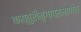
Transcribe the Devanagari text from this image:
कस्तुरीमृगाप्रमाणेच